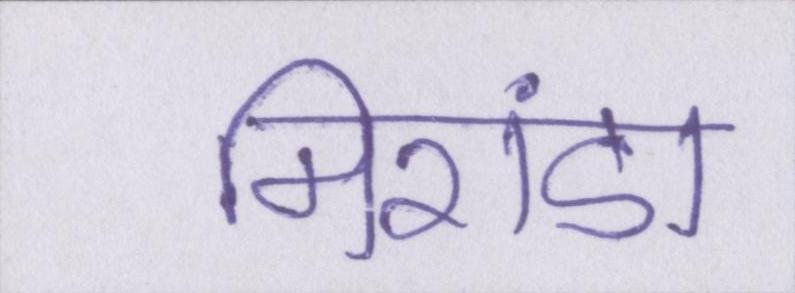
मिरांडा